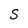
Character: S